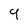
Character: 9